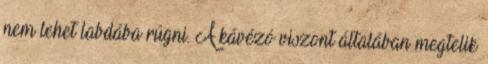
nem lehet labdába rúgni. A kávézó viszont általában megtelik